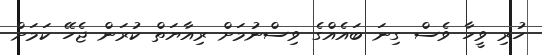
ހުރި ވީހާ ވެސް ގިނަ ބައެއްގެ ވިސްނުމަށް ރިއާޔަތް ކުރަން ޖެހޭ ކަމަށް